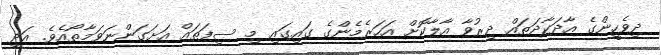
ދިވެހީންގެ އާދަކާދަތައް ދިރުވާ އާލާކޮށް އަހަރެމެންގެ ގައިގައި މި ސިފަތައް އަށަގަންނަވަމާތޯއެވެ. އަދި